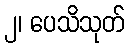
၂၊ ပေသိသုတ်